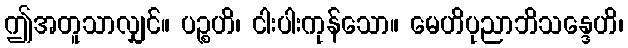
ဤအတူသာလျှင်။ ပဉ္စဟိ၊ ငါးပါးကုန်သော။ မေဟိပုညာဘိသန္ဒေဟိ၊